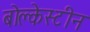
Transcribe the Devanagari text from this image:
बोल्केस्टीन